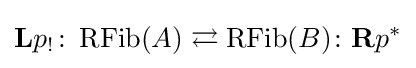
\mathbf {L} p_{!}\colon \operatorname {RFib} (A)\rightleftarrows \operatorname {RFib} (B)\colon \mathbf {R} p^{*}